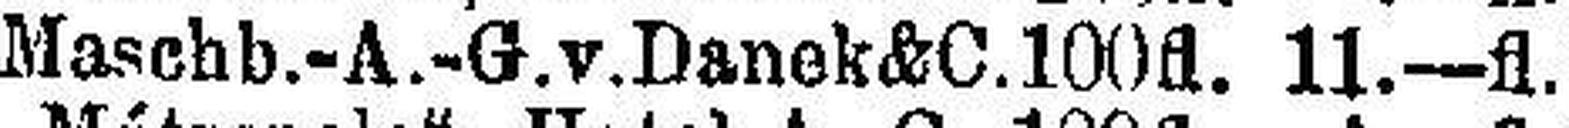
Maschb.-A.-G.v.Danek&C. 100fl. 11.—fl.